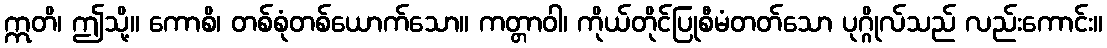
ဣတိ၊ ဤသို့။ ကောစိ၊ တစ်စုံတစ်ယောက်သော။ ကတ္တာဝါ၊ ကိုယ်တိုင်ပြုစီမံတတ်သော ပုဂ္ဂိုလ်သည် လည်းကောင်း။